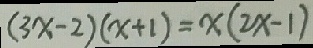
( 3 x - 2 ) ( x + 1 ) = x ( 2 x - 1 )